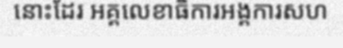
នោះដែរ អគ្គលេខាធិការអង្គការសហ